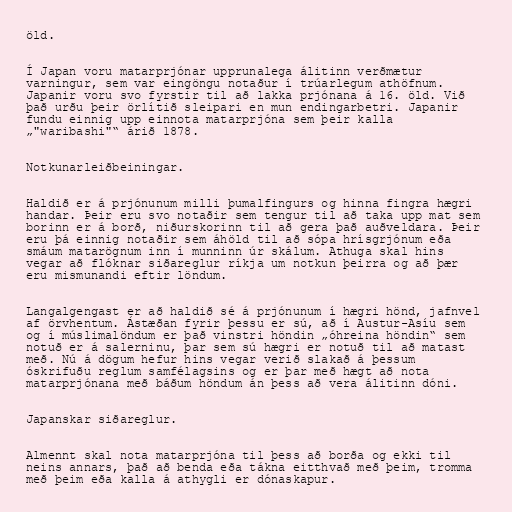
öld.

Í Japan voru matarprjónar upprunalega álitinn verðmætur
varningur, sem var eingöngu notaður í trúarlegum athöfnum.
Japanir voru svo fyrstir til að lakka prjónana á 16. öld. Við
það urðu þeir örlítið sleipari en mun endingarbetri. Japanir
fundu einnig upp einnota matarprjóna sem þeir kalla
„"waribashi"“ árið 1878.

Notkunarleiðbeiningar.

Haldið er á prjónunum milli þumalfingurs og hinna fingra hægri
handar. Þeir eru svo notaðir sem tengur til að taka upp mat sem
borinn er á borð, niðurskorinn til að gera það auðveldara. Þeir
eru þá einnig notaðir sem áhöld til að sópa hrísgrjónum eða
smáum matarögnum inn í munninn úr skálum. Athuga skal hins
vegar að flóknar siðareglur ríkja um notkun þeirra og að þær
eru mismunandi eftir löndum.

Langalgengast er að haldið sé á prjónunum í hægri hönd, jafnvel
af örvhentum. Ástæðan fyrir þessu er sú, að í Austur-Asíu sem
og í múslimalöndum er það vinstri höndin „óhreina höndin“ sem
notuð er á salerninu, þar sem sú hægri er notuð til að matast
með. Nú á dögum hefur hins vegar verið slakað á þessum
óskrifuðu reglum samfélagsins og er þar með hægt að nota
matarprjónana með báðum höndum án þess að vera álitinn dóni.

Japanskar siðareglur.

Almennt skal nota matarprjóna til þess að borða og ekki til
neins annars, það að benda eða tákna eitthvað með þeim, tromma
með þeim eða kalla á athygli er dónaskapur.